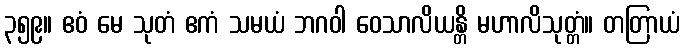
၃၅၉။ ဧဝံ မေ သုတံ ဧကံ သမယံ ဘဂဝါ ဝေသာလိယန္တိ မဟာလိသုတ္တံ။ တတြာယံ